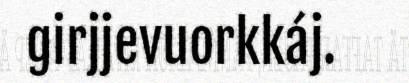
girjjevuorkkáj.